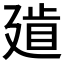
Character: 𢌨